Report of the Indian Hemp Drugs Commission, 1894-1895 - Volume IV
Year: 1894
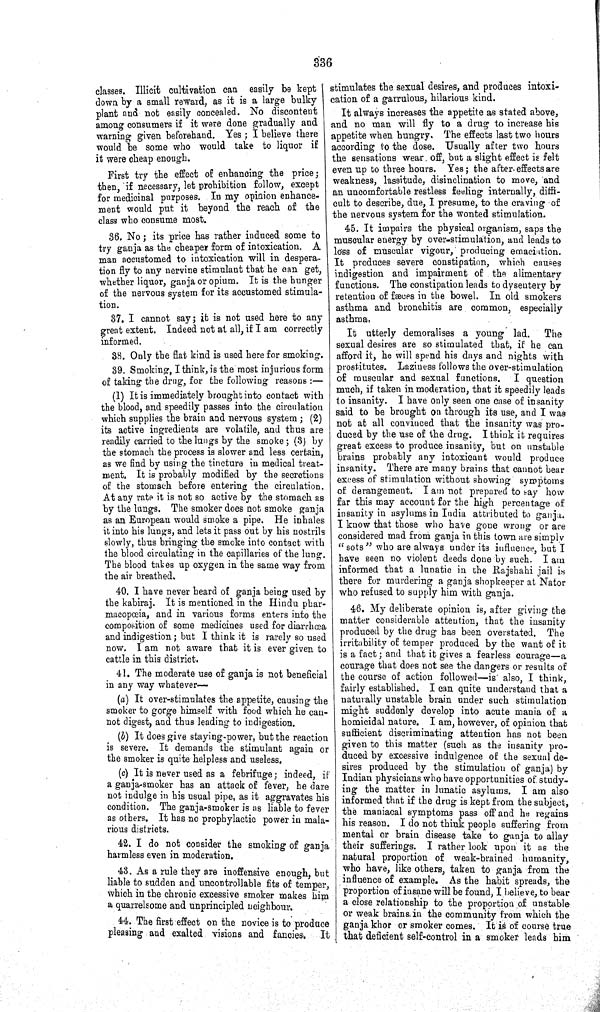
336
classes. Illicit cultivation can easily be kept
down by a small reward, as it is a large bulky
plant and not easily concealed. No discontent
among consumers if it were done gradually and
warning given beforehand. Yes; I believe there
would be some who would take to liquor if
it were cheap enough.
First try the effect of enhancing the price;
then, if necessary, let prohibition follow, except
for medicinal purposes. In my opinion enhance-
ment would put it beyond the reach of the
class who consume most.
36. No; its price has rather induced some to
try ganja as the cheaper form of intoxication. A
man accustomed to intoxication will in despera-
tion fly to any nervine stimulant that he can get,
whether liquor, ganja or opium. It is the hunger
of the nervous system for its accustomed stimula-
tion.
37. I cannot say; it is not used here to any
great extent. Indeed not at all, if I am correctly
informed.
38. Only the flat kind is used here for smoking.
39. Smoking, I think, is the most injurious form
of taking the drug, for the following reasons:—
(1) It is immediately brought into contact with
the blood, and speedily passes into the circulation
which supplies the brain and nervous system; (2)
its active ingredients are volatile, and thus are
readily carried to the lungs by the smoke; (3) by
the stomach the process is slower and less certain,
as we find by using the tincture in medical treat-
ment. It is probably modified by the secretions
of the stomach before entering the circulation.
At any rate it is not so active by the stomach as
by the lungs. The smoker does not smoke ganja
as an European would smoke a pipe. He inhales
it into his lungs, and lets it pass out by his nostrils
slowly, thus bringing the smoke into contact with
the blood circulating in the capillaries of the lung.
The blood takes up oxygen in the same way from
the air breathed.
40. I have never heard of ganja being used by
the kabiraj. It is mentioned in the Hindu phar-
macopœia, and in various forms enters into the
composition of some medicines used for diarrhœa
and indigestion; but I think it is rarely so used
now. I am not aware that it is ever given to
cattle in this district.
41. The moderate use of ganja is not beneficial
in any way whatever—
(a) It over-stimulates the appetite, causing the
smoker to gorge himself with food which he can-
not digest, and thus leading to indigestion.
(b) It does give staying-power, but the reaction
is severe. It demands the stimulant again or
the smoker is quite helpless and useless.
(c) It is never used as a febrifuge; indeed, if
a ganja-smoker has an attack of fever, he dare
not indulge in his usual pipe, as it aggravates his
condition. The ganja-smoker is as liable to fever
as others. It has no prophylactic power in mala-
rious districts.
42. I do not consider the smoking of ganja
harmless even in moderation.
43. As a rule they are inoffensive enough, but
liable to sudden and uncontrollable fits of temper,
which in the chronic excessive smoker makes him
a quarrelsome and unprincipled neighbour.
44. The first effect on the novice is to produce
pleasing and exalted visions and fancies. It
stimulates the sexual desires, and produces intoxi-
cation of a garrulous, hilarious kind.
It always increases the appetite as stated above,
and no man will fly to a drug to increase his
appetite when hungry. The effects last two hours
according to the dose. Usually after two hours
the sensations wear off, but a slight effect is felt
even up to three hours. Yes; the after effects are
weakness, lassitude, disinclination to move, and
an uncomfortable restless feeling internally, diffi-
cult to describe, due, I presume, to the craving of
the nervous system for the wonted stimulation.
45. It impairs the physical organism, saps the
muscular energy by over-stimulation, and leads to
loss of muscular vigour, producing emaciation.
It produces severe constipation, which causes
indigestion and impairment of the alimentary
functions. The constipation leads to dysentery by
retention of fæces in the bowel. In old smokers
asthma and bronchitis are common, especially
asthma.
It utterly demoralises a young lad. The
sexual desires are so stimulated that, if he can
afford it, he will spend his days and nights with
prostitutes. Laziness follows the over-stimulation
of muscular and sexual functions. I question
much, if taken in moderation, that it speedily leads
to insanity. I have only seen one case of insanity
said to be brought on through its use, and I was
not at all convinced that the insanity was pro-
duced by the use of the drug. I think it requires
great excess to produce insanity, but on unstable
brains probably any intoxicant would produce
insanity. There are many brains that cannot bear
excess of stimulation without showing symptoms
of derangement. I am not prepared to say how
far this may account for the high percentage of
insanity in asylums in India attributed to ganja.
I know that those who have gone wrong or are
considered mad from ganja in this town are simply
"sots" who are always under its influence, but I
have seen no violent deeds done by such. I am
informed that a lunatic in the Rajshahi jail is
there for murdering a ganja shopkeeper at Nator
who refused to supply him with ganja.
46. My deliberate opinion is, after giving the
matter considerable attention, that the insanity
produced by the drug has been overstated. The
irritability of temper produced by the want of it
is a fact; and that it gives a fearless courage—a
courage that does not see the dangers or results of
the course of action followed—is also, I think,
fairly established. I can quite understand that a
naturally unstable brain under such stimulation
might suddenly develop into acute mania of a
homicidal nature. I am, however, of opinion that
sufficient discriminating attention has not been
given to this matter (such as the insanity pro-
duced by excessive indulgence of the sexual de-
sires produced by the stimulation of ganja) by
Indian physicians who have opportunities of study-
ing the matter in lunatic asylums. I am also
informed that if the drug is kept from the subject,
the maniacal symptoms pass off and he regains
his reason. I do not think people suffering from
mental or brain disease take to ganja to allay
their sufferings. I rather look upon it as the
natural proportion of weak-brained humanity,
who have, like others, taken to ganja from the
influence of example. As the habit spreads, the
proportion of insane will be found, I believe, to bear
a close relationship to the proportion of unstable
or weak brains in the community from which the
ganja khor or smoker comes. It is of course true
that deficient self-control in a smoker leads him